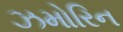
ઝમોરિન